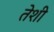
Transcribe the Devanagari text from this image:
तेशी